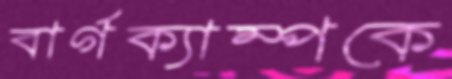
বার্গক্যাম্পকে